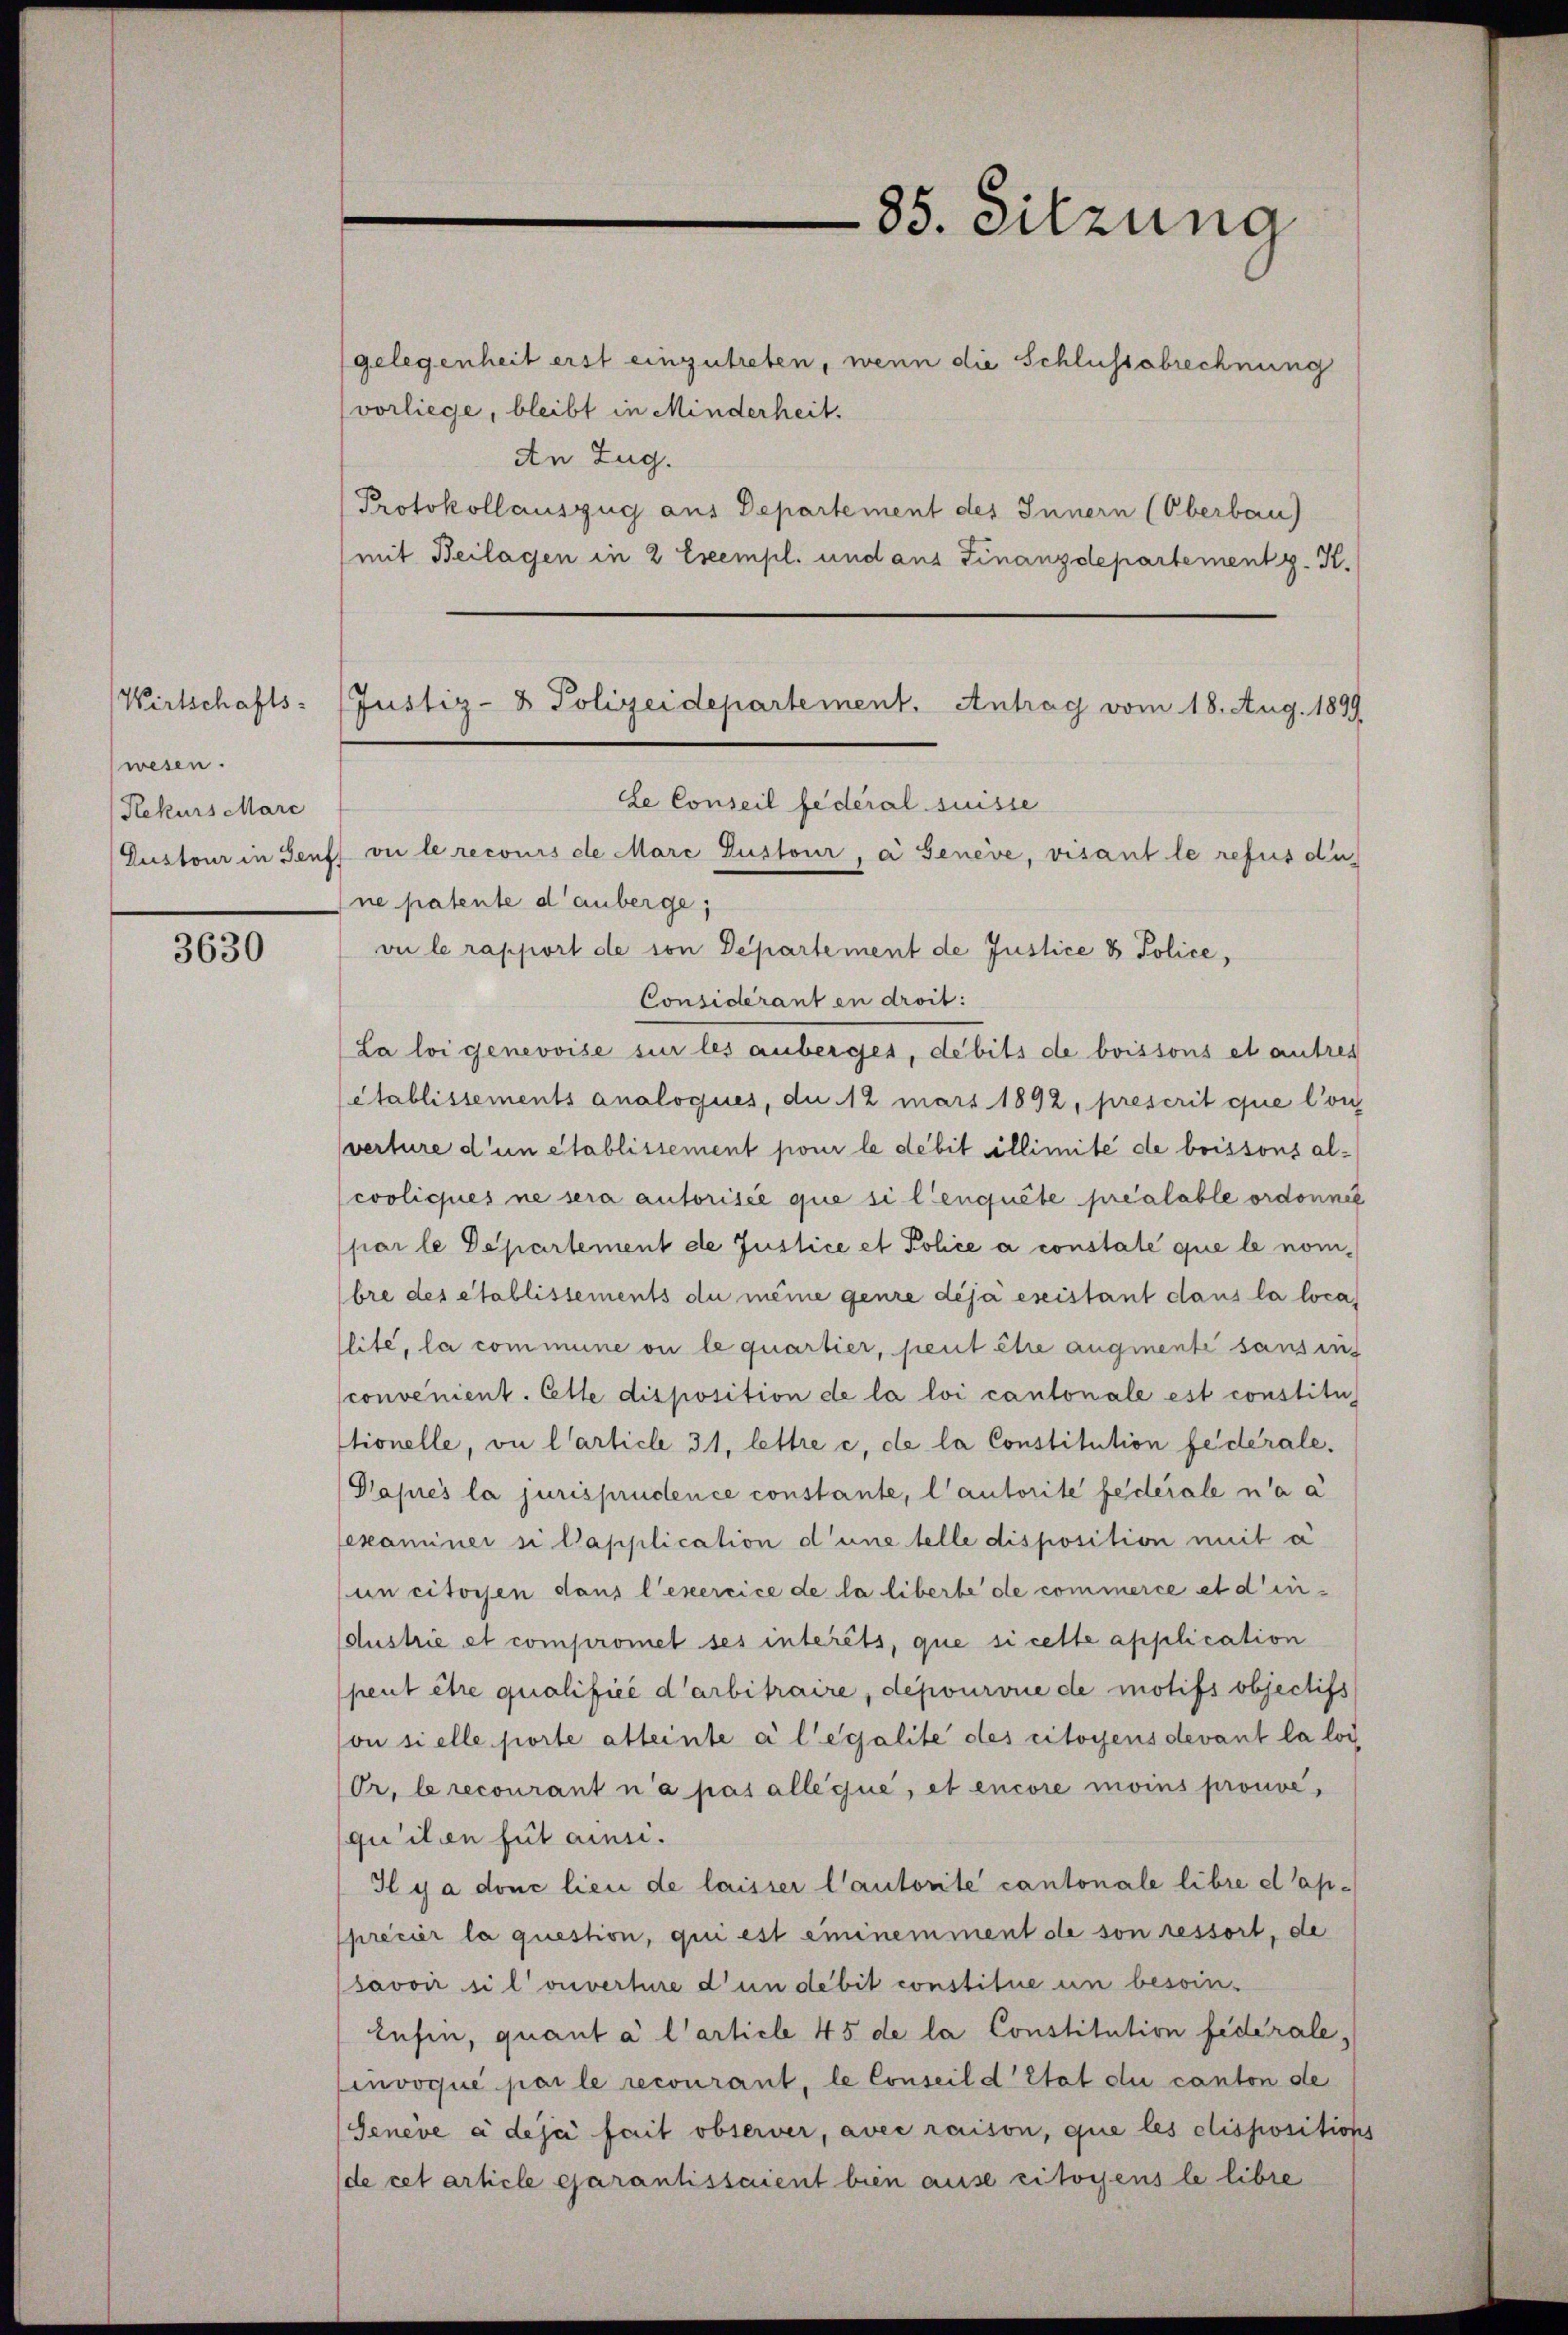
Wirtschafts-
wesen.
Rekurs Marc

3630

gelegenheit erst einzutreten, wenn die Schlussabrechnung
vorliege, bleibt in Minderheit.
An Zug.
Protokollauszug aus Departement des Innern (Oberbau)
(mit Beilagen in 2 Exempl. und aus Finanzdepartement z. K.

85. Sitzung

Justiz- & Polizeidepartement. Antrag vom 18. Aug. 1899
Le Conseil fédéral suisse
Dustour in Senff vie le recours de Marc Dustour, a Genève, visant le refus die
ne patente danberge,

vie le rapport de von Departement de Justice & Police,
Considérant en droit:
La loi genevoise sur les anberges, debits de boissons et autres
établissements analogues, du 12 mars 1892, prescrit que l’on
sverture d’un établissement pour le debit illimité de boissons alcooliques ne sera autorisée que si lenquête préalable ordonnet
(par le Departement de Justice et Police a constate que le nombre des établissements du meine genre déjà existant dans la loca
llité, la commune ou le quartier, peut être augmente sans auf
sconvenient. Cette disposition de la loi cantonale est constitu
stionelle, ou l’article 31, lettre c, de la Constitution federale.
Paprès la jurisprudence constante, l’autorite federale n’a a
sexaminer si l’application d’une telle disposition mit a
un citoyen dans l’exercice de la liberbe de commerce et d’in-
(dustrie et compromet ses intérêts, que si celle application
peut être qualifice d’arbitraire, depourvue de motifs objectifs
on sielle porte alleinte a legalite des citoyens devant la loi
Or. le recourant n’a pas alle que, et encore moins prouve,
quilien fut ainsi.
Il y a donc lieu de laisser l’autorite cantonale libre d’apprécier la question, qui est eminemment de son ressort, de
savoir si l’ vnverhire d’un debit constitue un besoinlesia, quant à l’article 45 de la Constitution fiderale,
invoqué par le recourant, le Conseil d’Etat du canton de
Genève à deje fait observer, avec raison, que les clispositions
de cet article garantissaient bien ause citoyens le libre